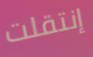
إنتقلت